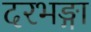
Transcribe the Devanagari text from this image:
दरभङ्गा